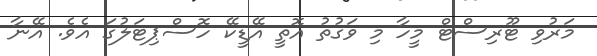
މަރުވި ޓޫރިސްޓް މީހާ މި ވަގުތު އޮތީ އޭޑީކޭ ހޮސްޕިޓަލުގަ އެވެ. އޭނާ